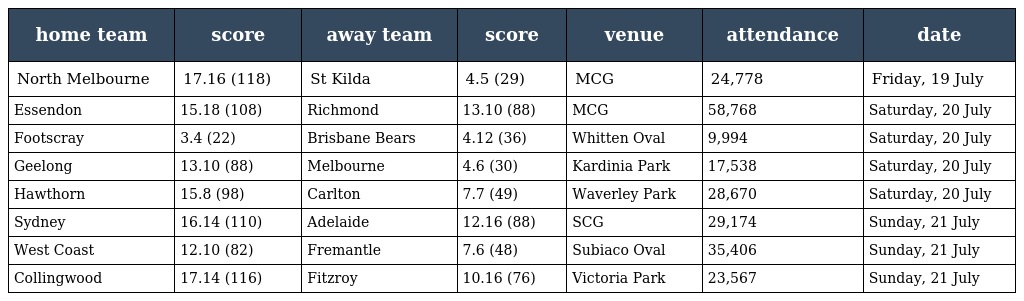
| home team | score | away team | score | venue | attendance | date |
 | --- | --- | --- | --- | --- | --- | --- |
 | North Melbourne | 17.16 (118) | St Kilda | 4.5 (29) | MCG | 24,778 | Friday, 19 July |
 | Essendon | 15.18 (108) | Richmond | 13.10 (88) | MCG | 58,768 | Saturday, 20 July |
 | Footscray | 3.4 (22) | Brisbane Bears | 4.12 (36) | Whitten Oval | 9,994 | Saturday, 20 July |
 | Geelong | 13.10 (88) | Melbourne | 4.6 (30) | Kardinia Park | 17,538 | Saturday, 20 July |
 | Hawthorn | 15.8 (98) | Carlton | 7.7 (49) | Waverley Park | 28,670 | Saturday, 20 July |
 | Sydney | 16.14 (110) | Adelaide | 12.16 (88) | SCG | 29,174 | Sunday, 21 July |
 | West Coast | 12.10 (82) | Fremantle | 7.6 (48) | Subiaco Oval | 35,406 | Sunday, 21 July |
 | Collingwood | 17.14 (116) | Fitzroy | 10.16 (76) | Victoria Park | 23,567 | Sunday, 21 July |